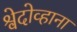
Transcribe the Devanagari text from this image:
श्वेदोव्हाना